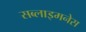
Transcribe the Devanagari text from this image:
सब्लाइमनेस